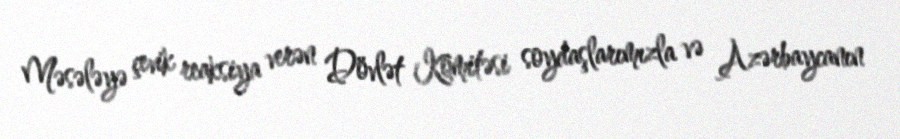
Məsələyə çevik reaksiya verən Dövlət Komitəsi soydaşlarımızla və Azərbaycanın